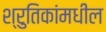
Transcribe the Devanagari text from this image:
श्रुतिकांमधील